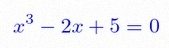
x^3-2x+5=0